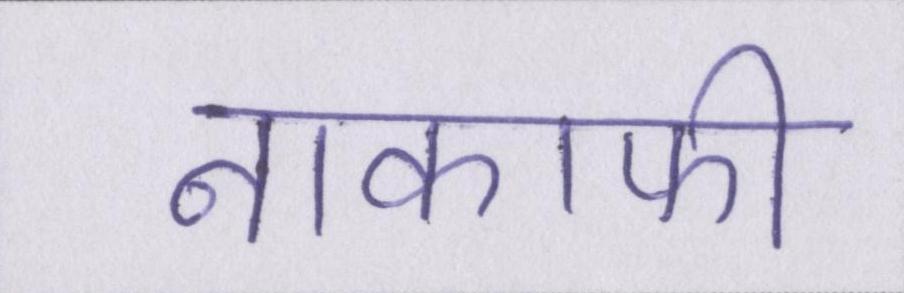
नाकाफी